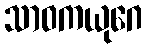
သာဝကယုဂေ